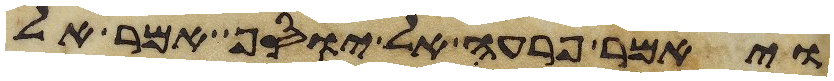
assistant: ויאמר פרעה אל יוסף אמר אל